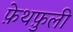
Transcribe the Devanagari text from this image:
फ़ेथफ़ुली